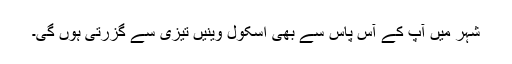
شہر میں آپ کے آس پاس سے بھی اسکول وینیں تیزی سے گزرتی ہوں گی۔